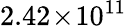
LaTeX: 2.42\! \times\! 10^{11}